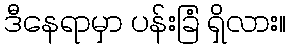
ဒီနေရာမှာ ပန်းခြံ ရှိလား။